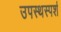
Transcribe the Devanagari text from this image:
उपस्थस्पर्श